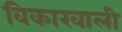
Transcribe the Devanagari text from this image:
विकारवाली